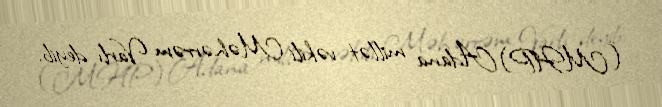
(MHP) Adana millət vəkili Məhərrəm Varlı deyib.